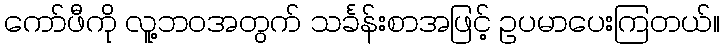
ကော်ဖီကို လူ့ဘဝအတွက် သင်္ခန်းစာအဖြင့် ဥပမာပေးကြတယ်။